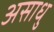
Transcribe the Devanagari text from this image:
असाधु